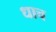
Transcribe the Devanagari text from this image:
धाच